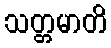
သတ္တမာတိ